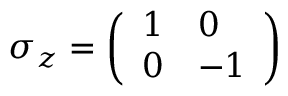
\sigma _ { z } = { \left( \begin{array} { l l } { 1 } & { 0 } \\ { 0 } & { - 1 } \end{array} \right) }